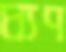
ঘ্যণ